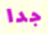
جدا